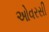
ઓવરસી